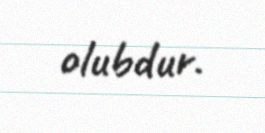
olubdur.